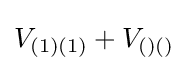
V_{(1)(1)}+V_{()()}